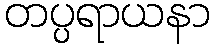
တပ္ပရာယနာ